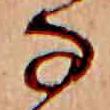
な